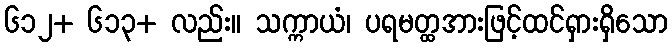
၆၁၂+ ၆၁၃+ လည်း။ သက္ကာယံ၊ ပရမတ္ထအားဖြင့်ထင်ရှားရှိသော